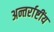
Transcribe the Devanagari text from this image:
अन्तर्राष्टींय